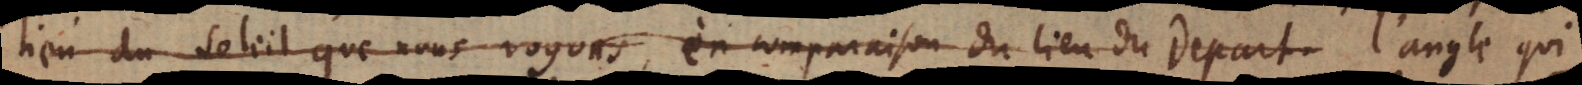
lieu du soleil que nous voyons, en comparaison du lieu du départ. l’angle qui